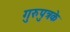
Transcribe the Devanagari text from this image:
गुरुपुत्रके